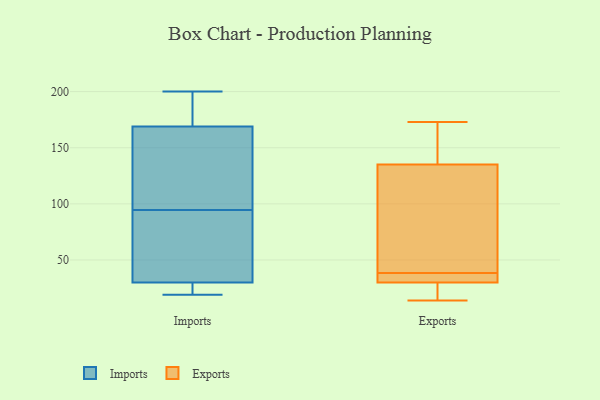
{"axis": {"x": "Conversion Rate (%)", "y": "Value"}, "legend": ["Exports", "Imports"], "data": [{"x": "", "y": 58, "type": "Imports"}, {"x": "", "y": 19, "type": "Imports"}, {"x": "", "y": 23, "type": "Imports"}, {"x": "", "y": 96, "type": "Imports"}, {"x": "", "y": 31, "type": "Imports"}, {"x": "", "y": 169, "type": "Imports"}, {"x": "", "y": 93, "type": "Imports"}, {"x": "", "y": 105, "type": "Imports"}, {"x": "", "y": 194, "type": "Imports"}, {"x": "", "y": 46, "type": "Imports"}, {"x": "", "y": 185, "type": "Imports"}, {"x": "", "y": 20, "type": "Imports"}, {"x": "", "y": 169, "type": "Imports"}, {"x": "", "y": 200, "type": "Imports"}, {"x": "", "y": 125, "type": "Imports"}, {"x": "", "y": 29, "type": "Imports"}, {"x": "", "y": 39, "type": "Exports"}, {"x": "", "y": 173, "type": "Exports"}, {"x": "", "y": 164, "type": "Exports"}, {"x": "", "y": 135, "type": "Exports"}, {"x": "", "y": 38, "type": "Exports"}, {"x": "", "y": 33, "type": "Exports"}, {"x": "", "y": 62, "type": "Exports"}, {"x": "", "y": 30, "type": "Exports"}, {"x": "", "y": 21, "type": "Exports"}, {"x": "", "y": 14, "type": "Exports"}]}